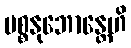
ပစ္စနုဘောန္တေဟိ